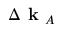
\Delta \textbf { k } _ { A }